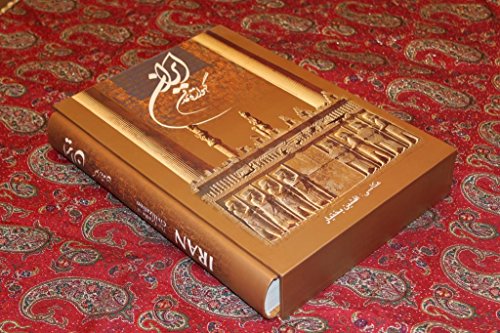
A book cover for Iran the Cradle of Civilization; Travel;